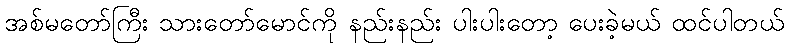
အစ်မတော်ကြီး သားတော်မောင်ကို နည်းနည်း ပါးပါးတော့ ပေးခဲ့မယ် ထင်ပါတယ်